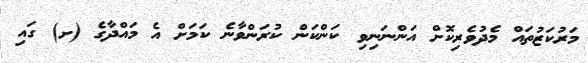
މަރުކަޒުތައް މެދުވެރިކޮށް އަންނަނިވި ކަންކަން ކުރަންވާނެ ކަމަށް އެ މައްދާގެ (ށ) ގައި